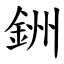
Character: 銂